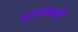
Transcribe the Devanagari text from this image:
दुश्प्रभावों